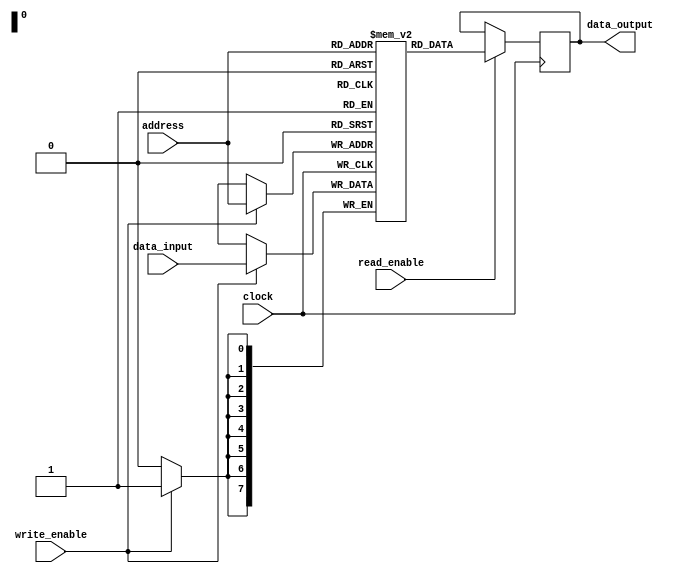
module NVRAM(
    input clock,
    input write_enable,
    input read_enable,
    input [7:0] address,
    input [7:0] data_input,
    output reg [7:0] data_output
);

reg [7:0] memory [255:0]; // Creating a 256 bit NVRAM memory

always @(posedge clock) begin
    if(write_enable) begin
        memory[address] <= data_input;
    end
    
    if(read_enable) begin
        data_output <= memory[address];
    end
end

endmodule